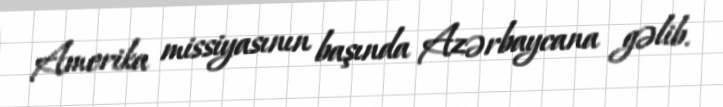
Amerika missiyasının başında Azərbaycana gəlib.